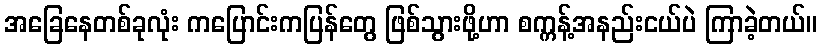
အခြေနေတစ်ခုလုံး ကပြောင်းကပြန်တွေ ဖြစ်သွားဖို့ဟာ စက္ကန့်အနည်းငယ်ပဲ ကြာခဲ့တယ်။